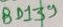
Text: BD139